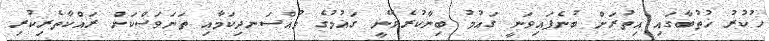
ހުކުރު ޚުތުބާގައި އިތުރަށް ބުނެފައިވަނީ ގައުމު ބިނާކުރެވޭނީ ގައުމުގެ މުއްސަނދިކަމާއި ތަނަވަސްކަން ރައްކާތެރިކުރި